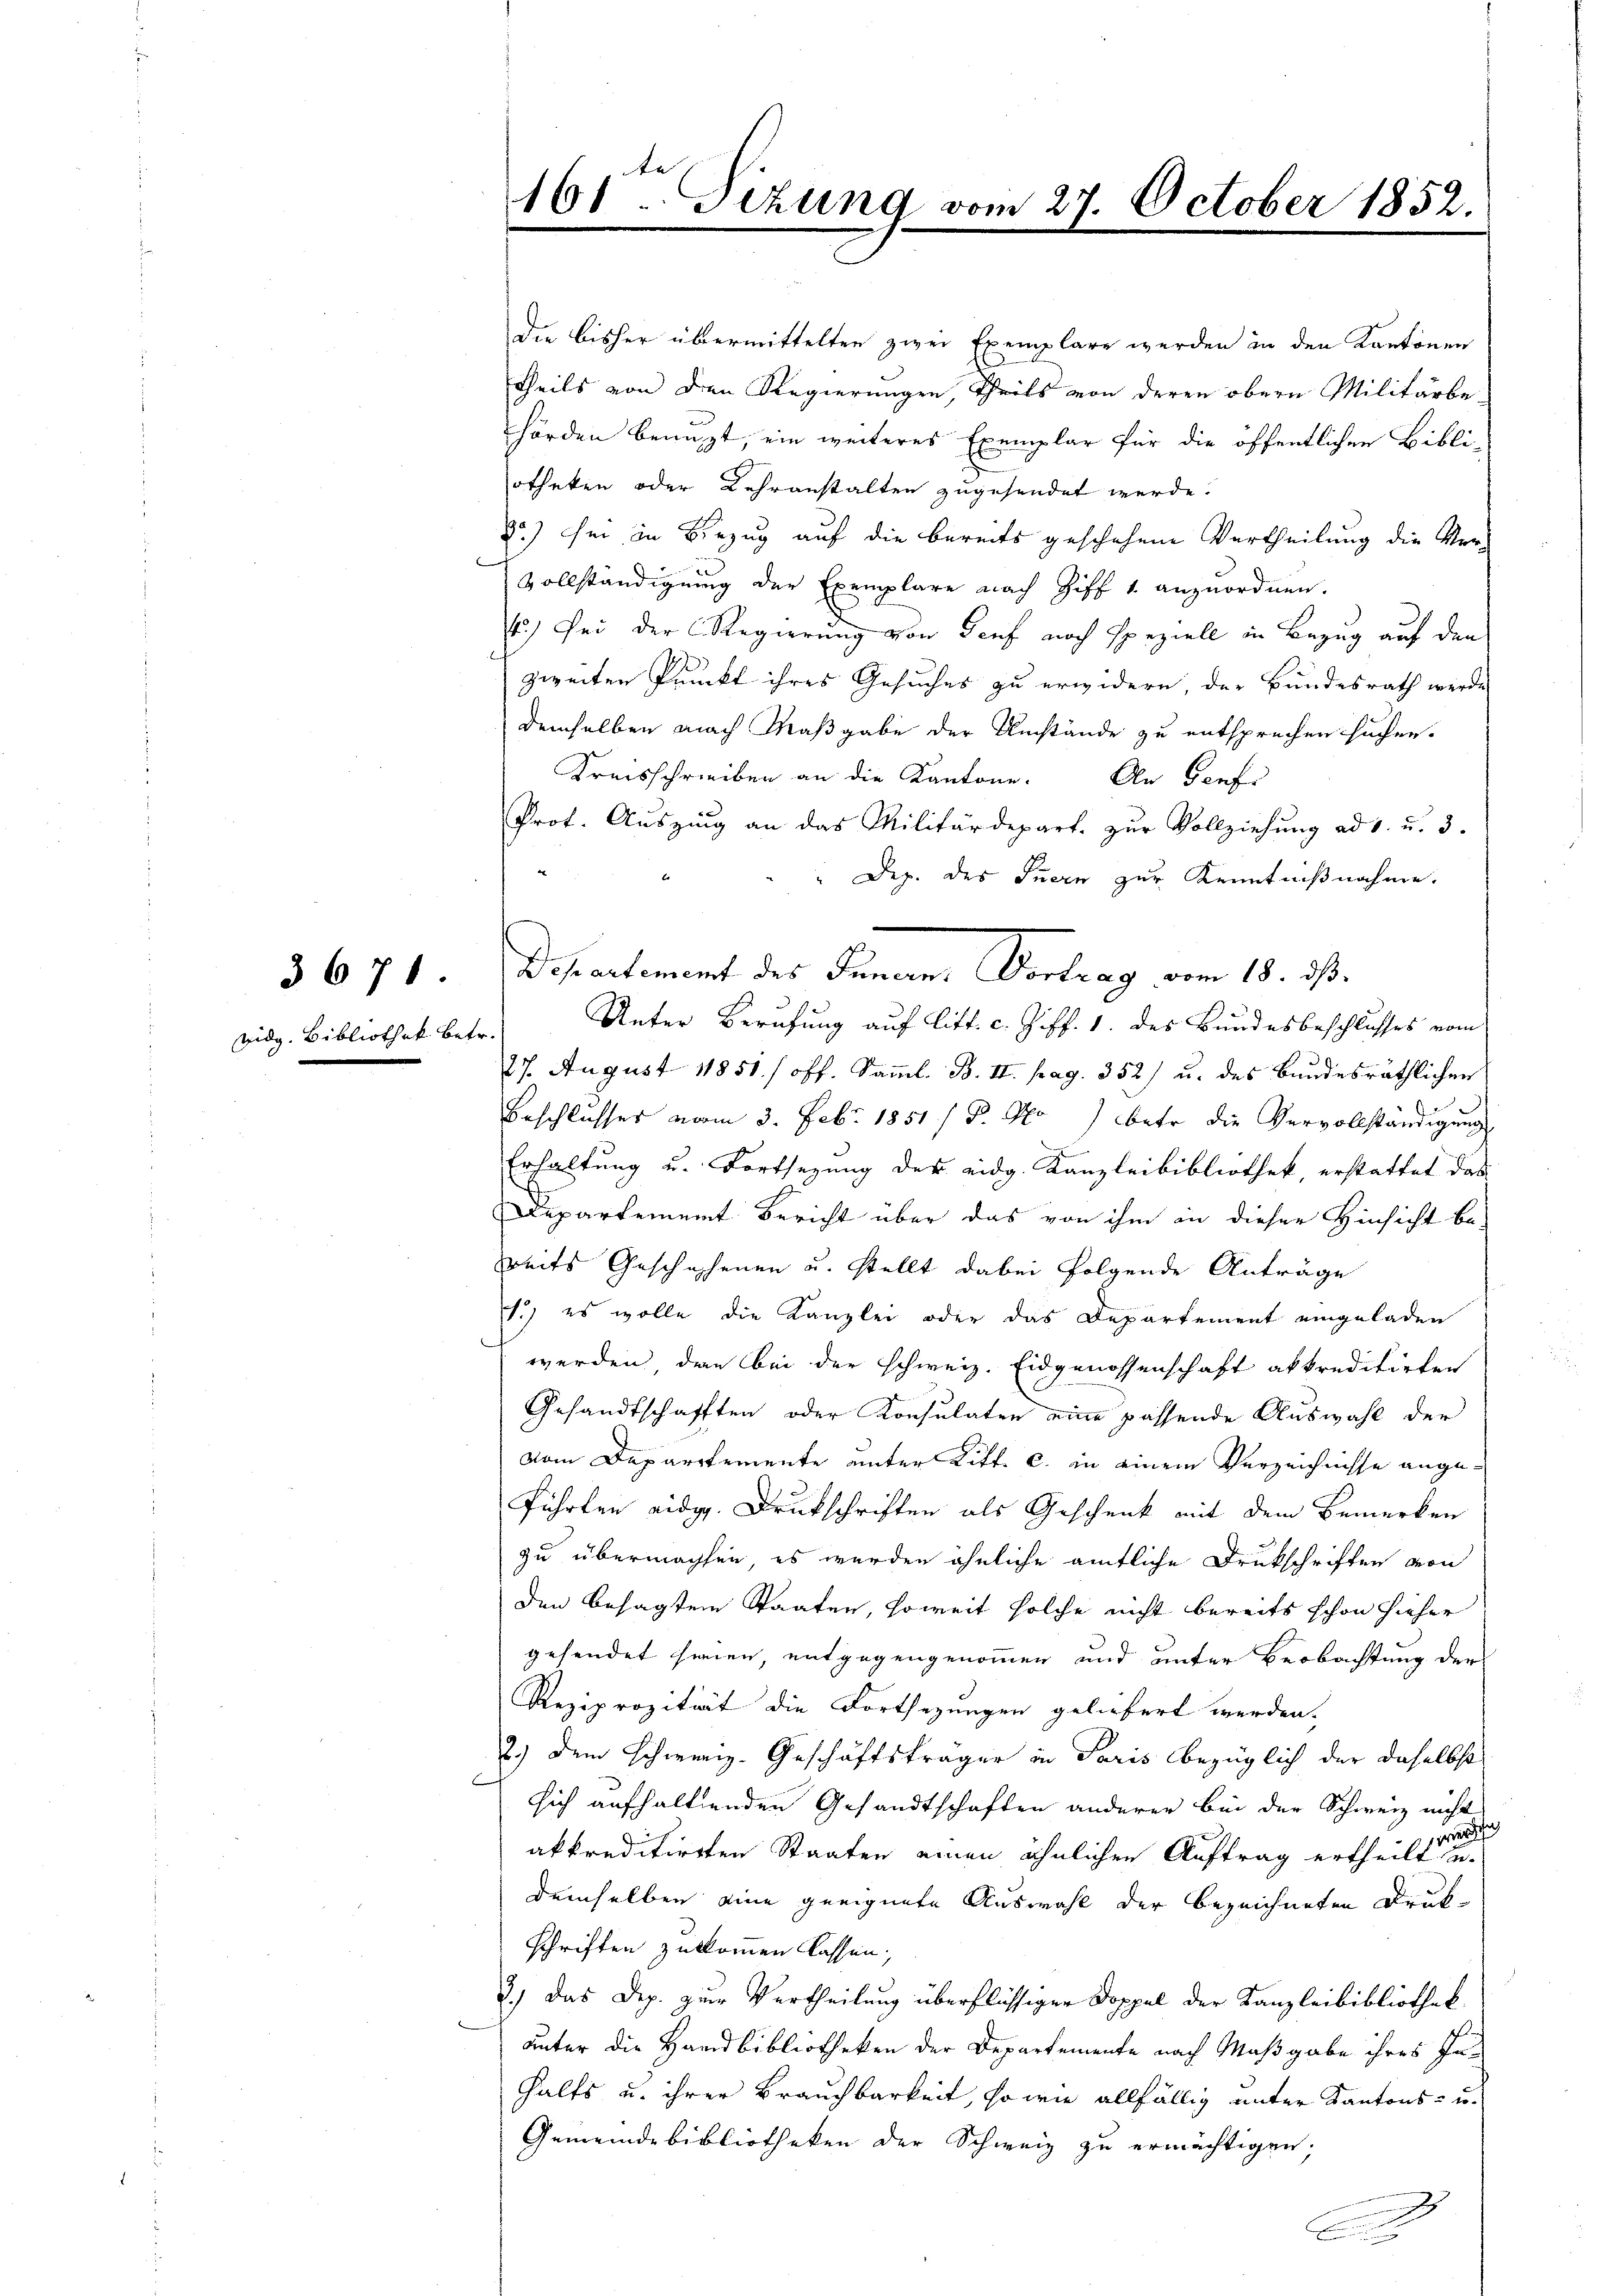
3671.

vidg. Bibliothek betr.

161 Sizung vom 27. October 1852.

Die bisher übermittelten zwei Exemplare werden in den Kantonen
Theils von den Regierungen, theils von deren obern Militärbe-
hörden benuzt, ein weiteres Exemplar für die öffentlichen Bibli-
otheken oder Lehranstalten zugesendet werde.
20) her in Bezug auf die bereits geschehene Vertheilung die Ver¬
Vollständigung der Exemplare nach Ziff 1. anzuordnen.
4.) Sei der Regierung von Genf noch speziell in Bezug auf den
zweiten Pruckt ihres Gesuches zu erwidern, der Bundesrath werde
demselben nach Maßgabe der Umstände zu entsprechen suchen.
Kreisschreiben an die Kantone. An Senfi
Prot. Auszing an das Militärdepart. zur Vollziehung ad 1. u. 3.
Dez. des Inern zur Kenntnißnahme.
Unter Berufung auf litt. c. Ziff. 1. des Bundesbeschlusses vom
27. August 1851. / off. Samml. B. II. pag. 352) u. des Bundesräthlichen
Beschlusses vom 3. Febr. 1851 / Dr. So betr. die Vervollständigung
Erhaltung u. Fortsetzung der eidg. Kanzleibibliothek erstattet das
Departement Bericht über das von ihm an dieser Hinsicht be-
reits Geschechenen u. stellt dabei folgende Anträge
1.) es wolle die Kanzlei oder das Departement eingeladen
werden, den bei der schweiz. Eidgenossenschaft akkreditirten
Gesandtschafften oder Konsulaten eine passende Auswahl der
vom Departemente unter Litt. c. in einem Verzeichnisse angeführten eidg. Drukschriften als Geschenk mit dem Bemerken
zu übermachten, es werden ähnliche amtliche Drukschriften von
den besagten Staaten, soweit solche nicht bereits schon hieher
gesendet seien, entgegengenommen und unter Beobachtung der
Reziprozität die Fortsezungen geliefert werden.
2.) Dem Schweiz. Geschäftsträger in Paris bezüglich der daselbst
sich aufhaltenden Gesandtschaften anderer bei der Schweiz nicht
akkreditirten Staaten einen ähnlichen Auftrag ertheilt werde
demselben eine geeignete Auswahl der bezeichneten Drukschriften zukommen lassen.
3.) Das Dep. zur Vertheilung überflüssiger Doppel der Kanzleibibliothek
unter die Handbibliotheken der Departemente nach Maßgabe ihres Inhalts u. ihrer Brauchbarkeit, so wie allfällig unter Kantons- u.
Gemeinde bibliotheken der Schweiz zu ermächtigen,

Departement des Innern, Vortrag vom 18. ds.